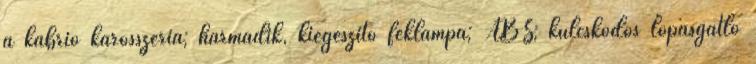
a kabrió karosszéria; harmadik, kiegészítő féklámpa; ABS; kulcskódos lopásgátló